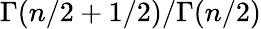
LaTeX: \Gamma(n/2+1/2)/\Gamma(n/2)